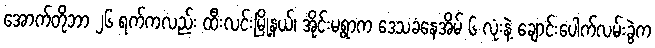
အောက်တိုဘာ ၂၆ ရက်ကလည်း ထီးလင်းမြို့နယ်၊ အိုင်းမရွာက ဒေသခံနေအိမ် ၆ လုံးနဲ့ ချောင်းပေါက်လမ်းခွဲက